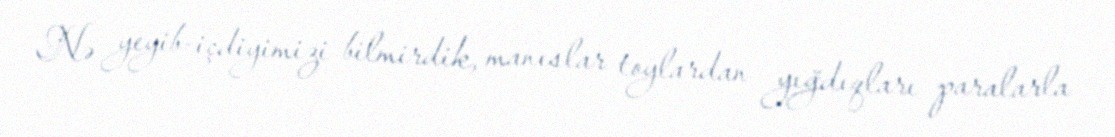
Nə yeyib-içdiyimizi bilmirdik, manıslar toylardan yığdıqları paralarla